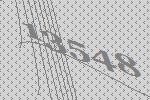
13548